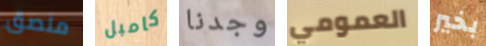
ملصق كامبل وجدنا العمومي بخير